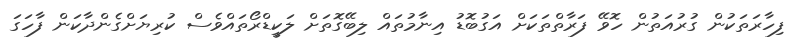
ފިހާރަތަކުން ގުރުއަތުން ހޮވޭ ފަރާތްތަކަށް އަގުބޮޑު އިނާމުތައް ލިބޭގޮތަށް ލަކީޑްރޯތައްވެސް ކުރިޔަށްގެންދާކަން ފާހަގަ